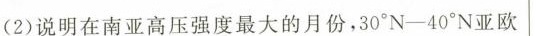
(2)说明在南亚高压强度最大的月份，30°N-40°N亚欧